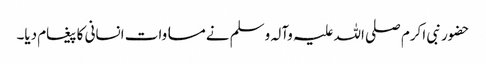
حضور نبی اکرم صلی اللہ علیہ وآلہ وسلم نے مساوات انسانی کا پیغام دیا۔